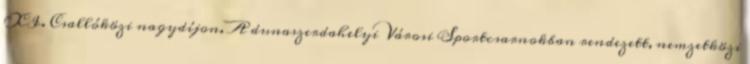
XI. Csallóközi nagydíjon. A dunaszerdahelyi Városi Sportcsarnokban rendezett, nemzetközi